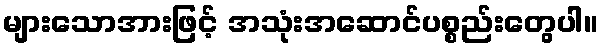
များသောအားဖြင့် အသုံးအဆောင်ပစ္စည်းတွေပါ။